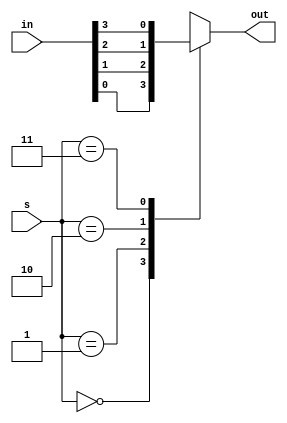
module srimux (input wire[3:0] in, input wire[1:0] s, output reg out);

always @ (1)
case(s)

	0 : out = in[0];
	1 : out = in[1];
	2 : out = in[2];
	3 : out = in[3];

endcase
endmodule